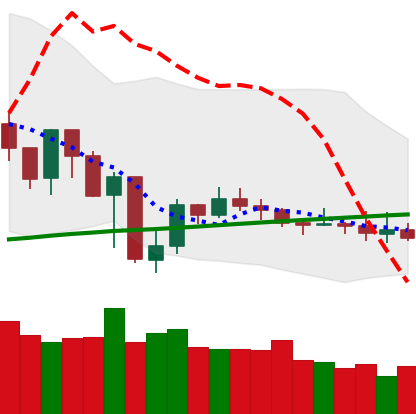
Ticker: XMR-USD
Chart end date: 2019-07-29
Forward return: 13.129%
Label: up_7plus